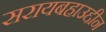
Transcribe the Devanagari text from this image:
सरायबहाउद्दीन